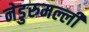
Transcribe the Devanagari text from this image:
नेडुरुमल्ली